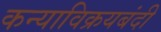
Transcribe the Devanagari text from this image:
कन्याविक्रयबंदी